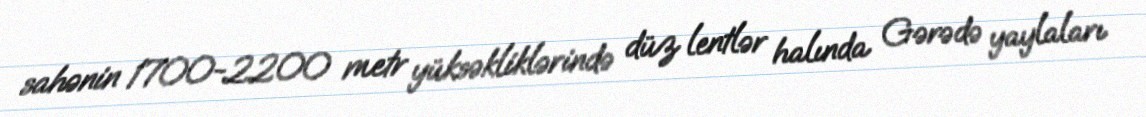
sahənin 1700-2200 metr yüksəkliklərində düz lentlər halında Gərədə yaylaları